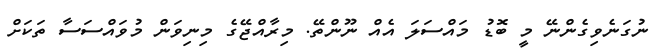
ނުގަނެވިގެންނޭ މީ ބޮޑު މައްސަލަ އެއް ނޫންތޭ. މިރާއްޖޭގެ މިނިވަން މުވައްސަސާ ތަަކަށް